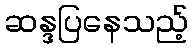
ဆန္ဒပြနေသည့်